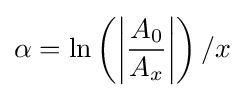
\alpha =\ln \left(\left|{\frac {A_{0}}{A_{x}}}\right|\right)/x